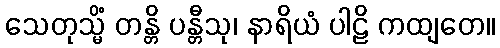
သေတုသ္မိံ တန္တိ ပန္တီသု၊ နာရိယံ ပါဠိ ကထျတေ။